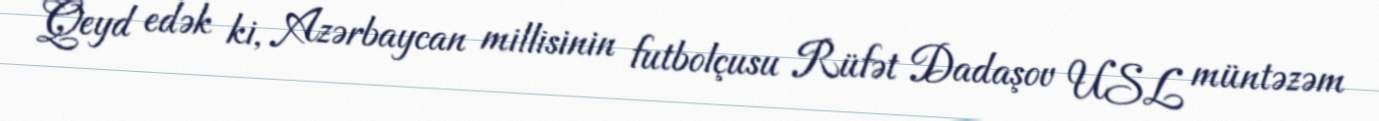
Qeyd edək ki, Azərbaycan millisinin futbolçusu Rüfət Dadaşov USL müntəzəm